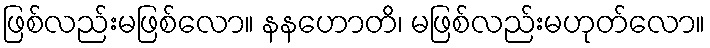
ဖြစ်လည်းမဖြစ်လော။ နနဟောတိ၊ မဖြစ်လည်းမဟုတ်လော။